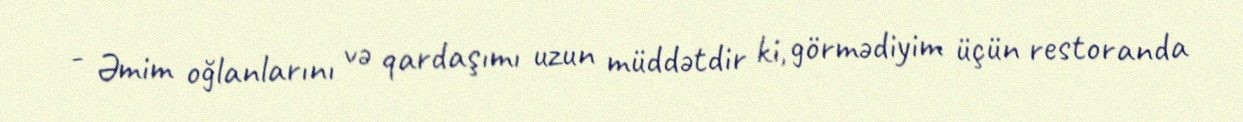
- Əmim oğlanlarını və qardaşımı uzun müddətdir ki, görmədiyim üçün restoranda